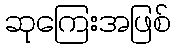
ဆုကြေးအဖြစ်